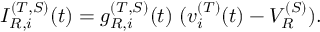
I _ { R , i } ^ { ( T , S ) } ( t ) = g _ { R , i } ^ { ( T , S ) } ( t ) ~ ( v _ { i } ^ { ( T ) } ( t ) - V _ { R } ^ { ( S ) } ) .